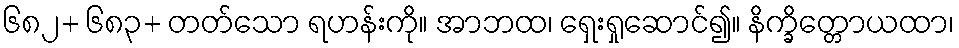
၆၈၂+ ၆၈၃+ တတ်သော ရဟန်းကို။ အာဘထ၊ ရှေးရှုဆောင်၍။ နိက္ခိတ္တောယထာ၊